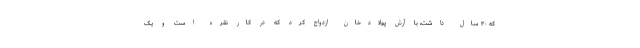
که ۳۰ سال داشت، با آرش پولادخان ازدواج کرد که در کار نقره است و یک